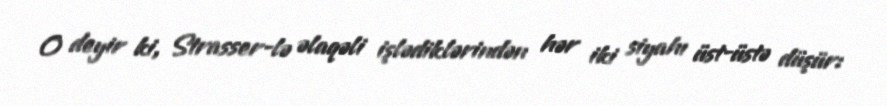
O deyir ki, Strasser-lə əlaqəli işlədiklərindən hər iki siyahı üst-üstə düşür: